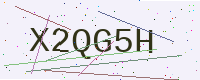
Text: X2QG5H